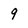
Character: 9